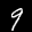
Label: 9